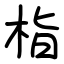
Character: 栺